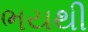
ભયથી